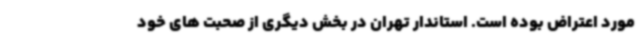
مورد اعتراض بوده است. استاندار تهران در بخش دیگری از صحبت های خود